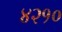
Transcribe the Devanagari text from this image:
४२१०